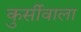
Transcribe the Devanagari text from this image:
कुर्सीवाला